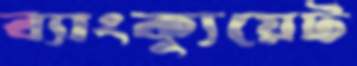
ব্যাংক্যুয়েট